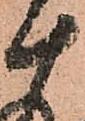
十